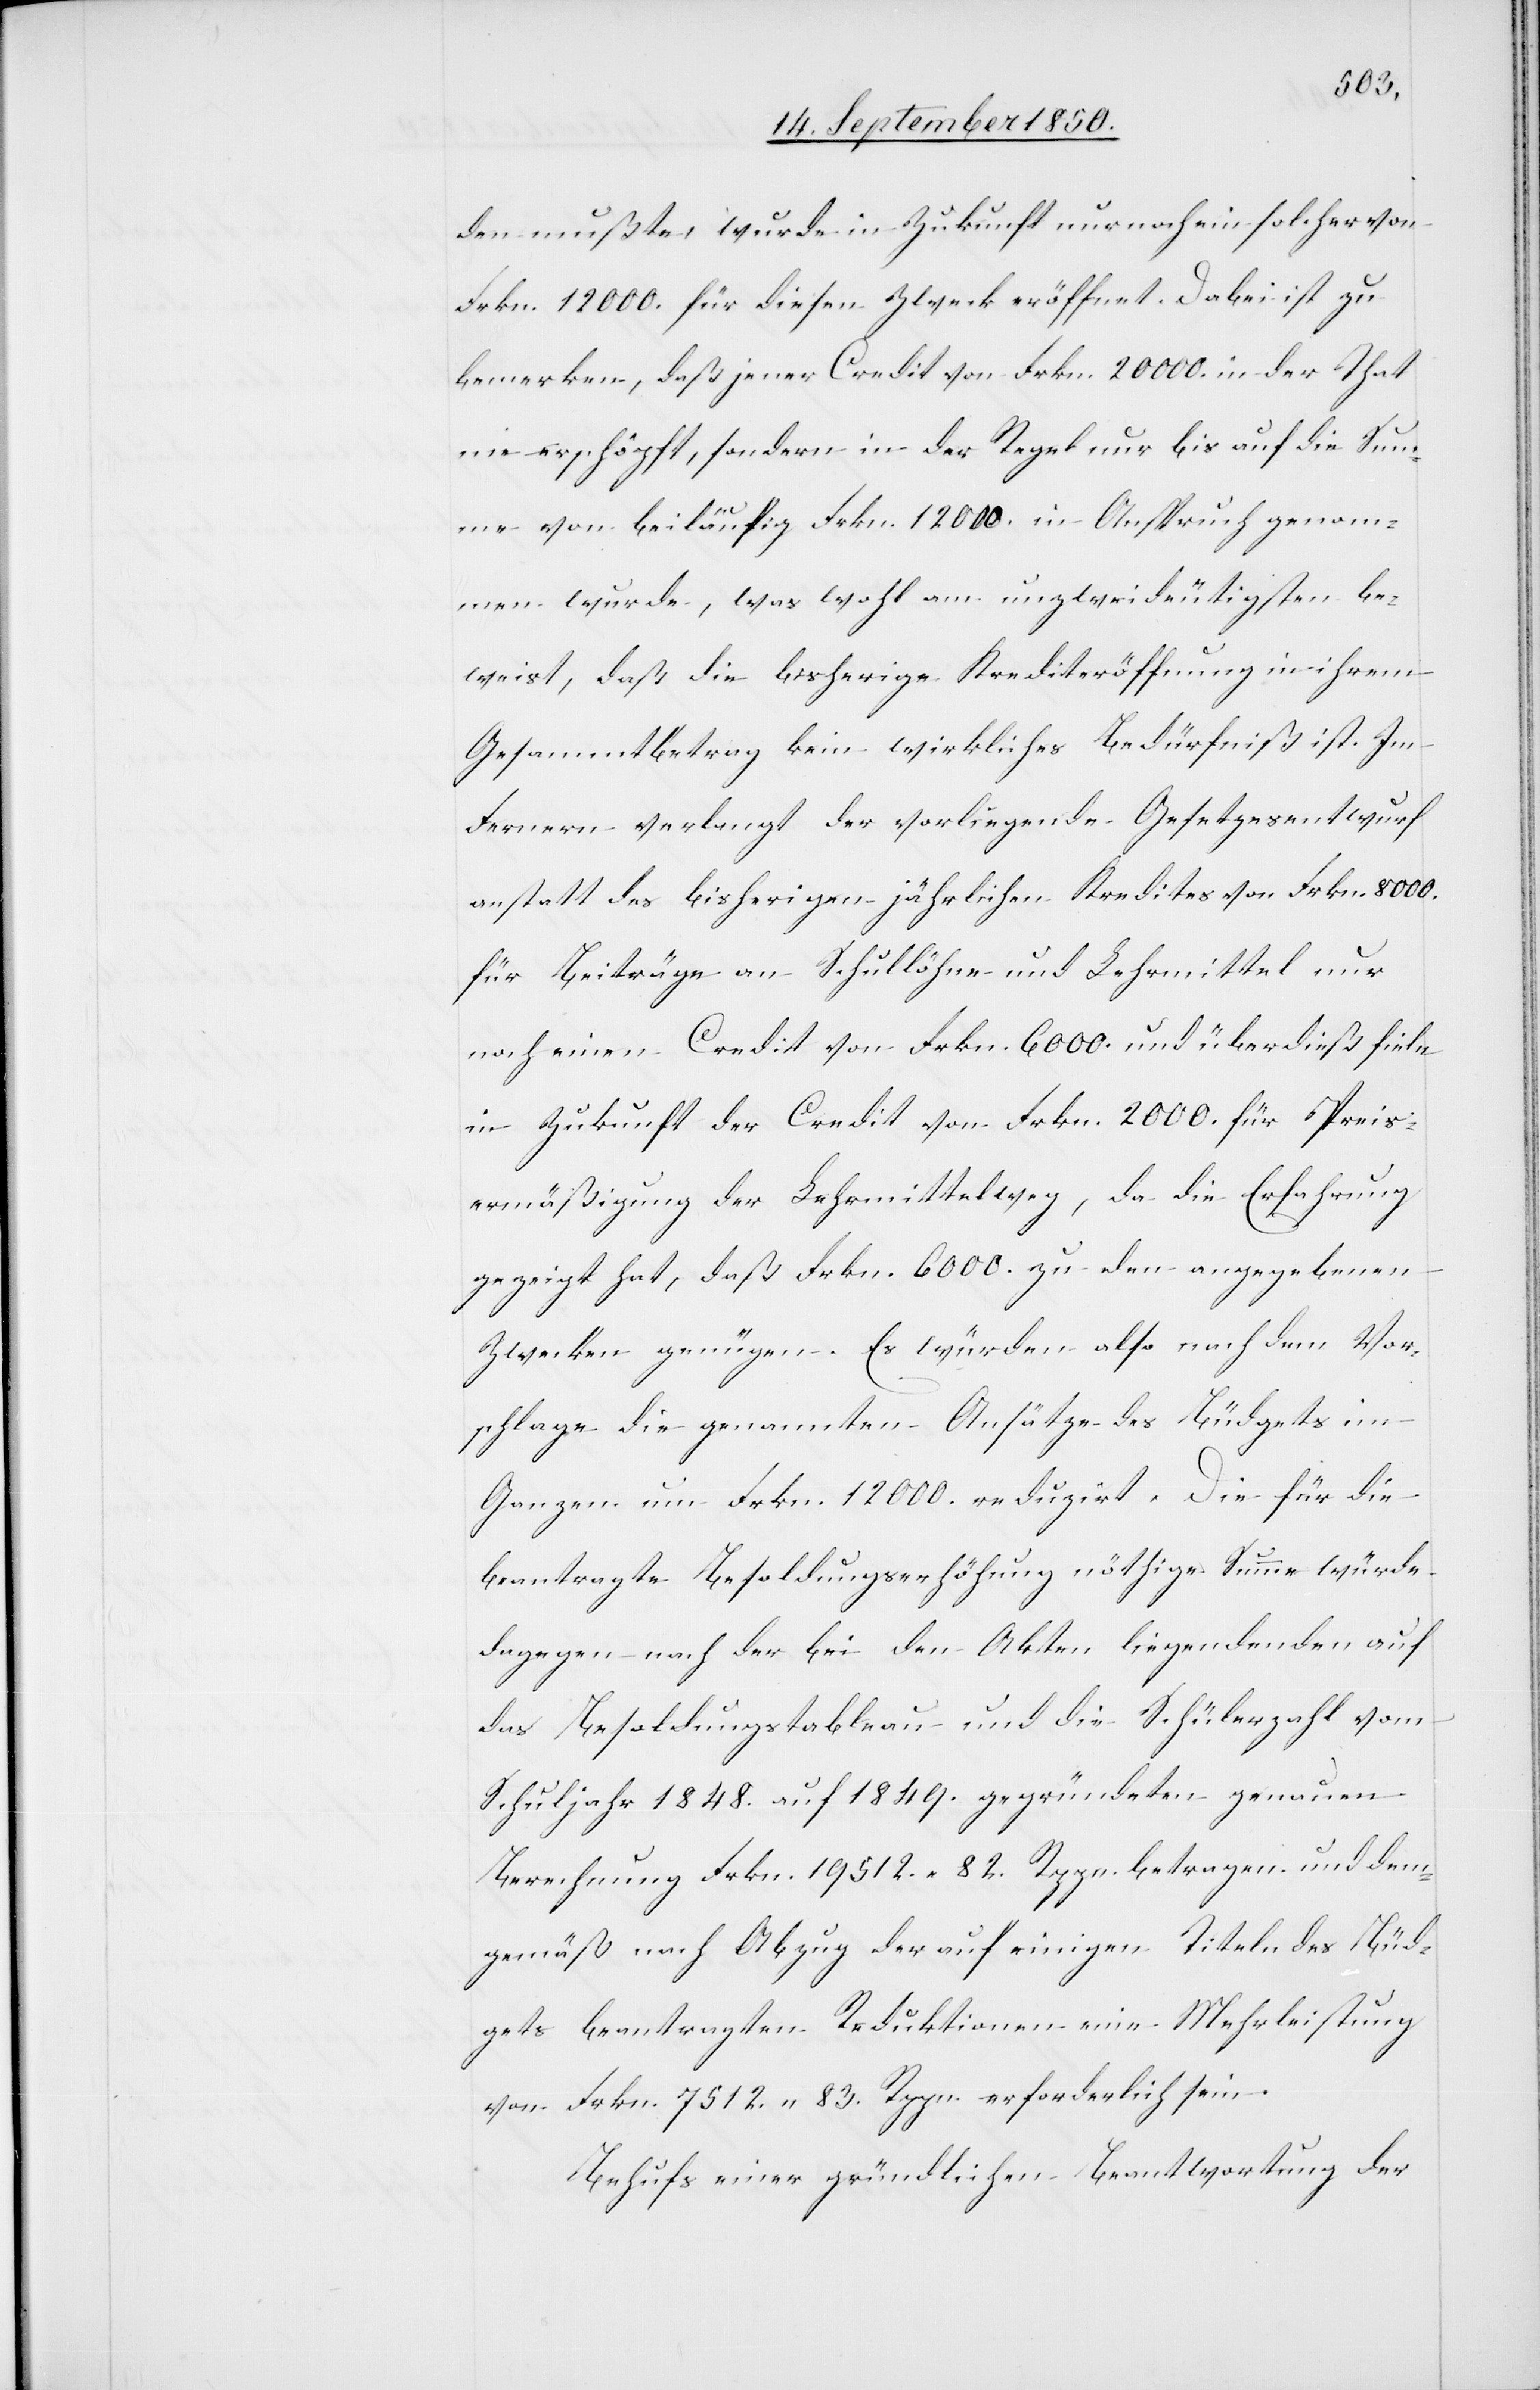
den mußte, wurde in Zukunft nur noch ein solcher von
Frkn. 12 000. für diesen Zweck eröffnet. Dabei ist zu
bemerken, daß jener Credit von Frkn. 20 000. in der That
nie erschöpft, sondern in der Regel nur bis auf die Sum¬
me von beiläufig Frkn. 12 000. in Anspruch genom¬
men wurde, was wohl am unzweideutigsten be¬
weist, daß die bisherige Krediteröffnung in ihrem
Gesammtbetrag kein wirkliches Bedürfniß ist. Im
Fernern verlangt der vorliegende Gesetzesentwurf
anstatt des bisherigen jährlichen Kredites von Frkn. 8000.
für Beiträge an Schullöhne und Lehrmittel nur
noch einen Credit von Frkn. 6000. und überdieß fiele
in Zukunft der Credit von Frkn. 2000. für Preis¬
ermäßigung der Lehrmittel weg, da die Erfahrung
gezeigt hat, daß Frkn. 6000. zu den angegebenen
Zwecken genügen. Es würden also nach dem Vor¬
schlage die genannten Ansätze des Büdgets im
ganzen um Frkn. 12 000. reduzirt. Die für die
beantragte Besoldungserhöhung nöthige Summe würde
dagegen nach der bei den Akten liegendenden [sic!]
das Besoldungstableau und die Schülerzahl vom
Schuljahr 1848. auf 1849. gegründeten genauen
Berechnung Frkn. 19 512. 82. Rppn. betragen und dem¬
gemäß nach Abzug der auf einigen Titeln des Büd¬
gets beantragten Reduktionen eine Mehrleistung
von Frkn. 7512. 83. Rppn. erforderlich sein.
Behufs einer gründlichen Beantwortung der